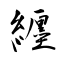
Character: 纒